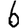
Digit: 6